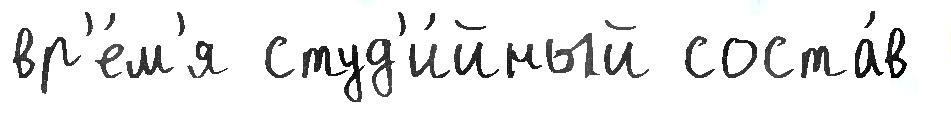
вр'е́м'я студ'и́йный соста́в